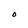
Character: O